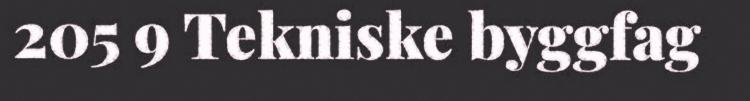
205 9 Tekniske byggfag